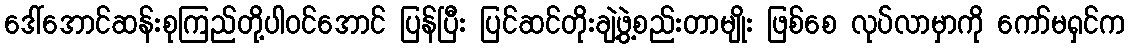
ဒေါ်အောင်ဆန်းစုကြည်တို့ပါဝင်အောင် ပြန်ပြီး ပြင်ဆင်တိုးချဲ့ဖွဲ့စည်းတာမျိုး ဖြစ်စေ လုပ်လာမှာကို ကော်မရှင်က